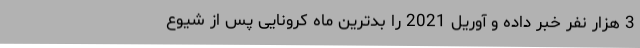
3 هزار نفر خبر داده و آوریل 2021 را بدترین ماه کرونایی پس از شیوع